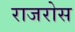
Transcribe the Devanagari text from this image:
राजरोस